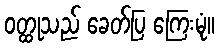
ဝတ္ထုသည် ခေတ်ပြ ကြေးမုံ။